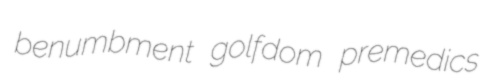
benumbment golfdom premedics